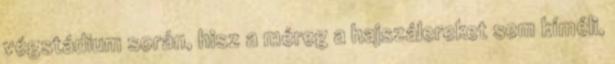
végstádium során, hisz a méreg a hajszálereket sem kíméli,